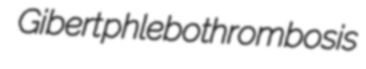
Gibert phlebothrombosis